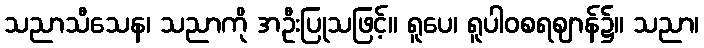
သညာသီသေန၊ သညာကို အဦးပြုသဖြင့်။ ရူပေ၊ ရူပါဝစရဈာန်၌။ သညာ၊